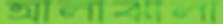
আলাঝালা